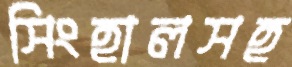
সিংহালসহ